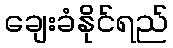
ချေးခံနိုင်ရည်